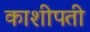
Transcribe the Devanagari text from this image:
काशीपती